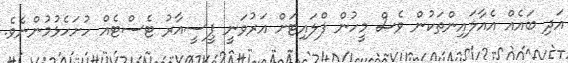
އަދި ބައެއް އެއާލައިންތަކުން ވެސް މީހުން ފްލައިޓަށް އަރުވަނީ ޕީސީއާރު ޓެސްޓެއް ހުށަހެޅުމުންނެވެ.